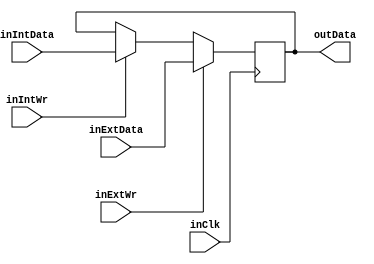
//Modul pamieciowy dla przechowywania stanu rundy

module NeokeonRoundReg (
input   wire          inClk,        //wejcie sygnau zegarowego, aktywne zboczem narastajcym sygnau
input   wire          inExtWr,        //wejscie sygnau zapisu danych z interfejsu Ext, aktywne poziomem wysokim
input   wire          inIntWr,        //wejscie sygnau zapisu danych z interfejsu Int, aktywne poziomem wysokim
input   wire [127:0]  inExtData,    //128-bitowe wejcie magistrali danych z interfejsu Ext 
input   wire [127:0]  inIntData,    //128-bitowe wejcie magistrali danych z interfejsu Int
output  wire [127:0]  outData        //128-bitowe wyjcie magistrali danych z rejestru
);

reg [127:0] regData = 128'b0;        //rejestr rundy - suy do przechowywania stanu



//Zapis danych do rejestru regData nastpuje na kadym zboczu narastajcym zegara na wejciu inClk pod warunkiem, e wejcie inExtWr lub inIntWr jest aktywne.

always@(posedge(inClk))
begin
    if (inExtWr == 1'b1) begin
        regData <= inExtData;
    end
    else if (inIntWr == 1'b1) begin
        regData <= inIntData;
    end
end


assign outData = regData;     //wyjcie magistrali danych z rejestru podczone jest na stae do rejestru regData

endmodule